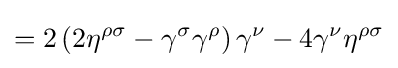
=2\left(2\eta ^{\rho \sigma }-\gamma ^{\sigma }\gamma ^{\rho }\right)\gamma ^{\nu }-4\gamma ^{\nu }\eta ^{\rho \sigma }